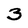
Character: 3